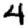
Digit: 4